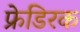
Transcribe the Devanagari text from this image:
फ्रेडिरक